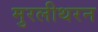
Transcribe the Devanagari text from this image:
मुरलीथरन